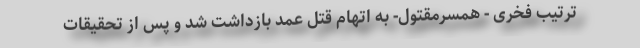
ترتیب فخری - همسرمقتول- به اتهام قتل عمد بازداشت شد و پس از تحقیقات